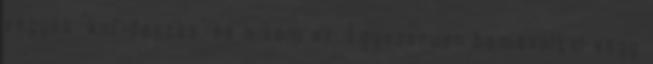
vagyok "kofideszes" es o sem az. Egyszeruen bemasoltal vagy